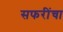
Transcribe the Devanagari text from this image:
सफरींचा